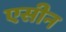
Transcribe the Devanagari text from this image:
एसीन